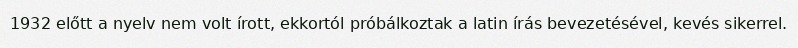
1932 előtt a nyelv nem volt írott, ekkortól próbálkoztak a latin írás bevezetésével, kevés sikerrel.